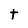
Character: t